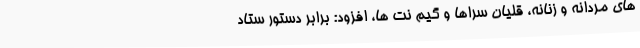
های مردانه و زنانه، قلیان سراها و گیم نت ها، افزود: برابر دستور ستاد